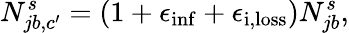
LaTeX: N_{jb,c^{\prime}}^{s}=(1+\epsilon_{\mathrm{inf}}+\epsilon_{\mathrm{i,loss}})N_{jb}^{s},